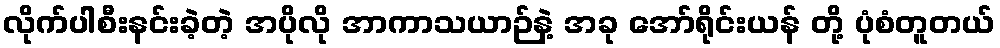
လိုက်ပါစီးနင်းခဲ့တဲ့ အပိုလို အာကာသယာဉ်နဲ့ အခု အော်ရိုင်းယန် တို့ ပုံစံတူတယ်